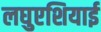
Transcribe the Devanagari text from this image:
लघुएशियाई